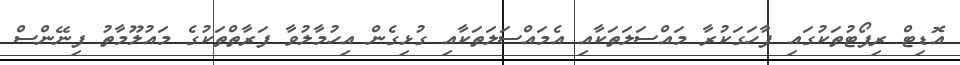
އޮޑިޓް ރިޕޯޓުތަކުގައި ފާހަގަކުރާ މައްސަލަތަކާއި އެމައްސަލަތަކާއި ގުޅިގެން އިހުމާލުވާ ފަރާތްތަކުގެ މައުލޫމާތު ފިނޭންސް